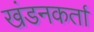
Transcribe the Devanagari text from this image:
खंडनकर्ता